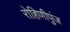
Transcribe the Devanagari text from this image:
रोहिणीपुंज